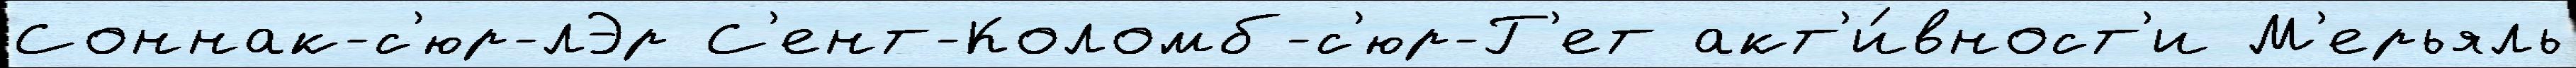
Соннак-с'юр-лЭр С'ент-Коломб-с'юр-Г'ет акт'и́вност'и М'ерьяль